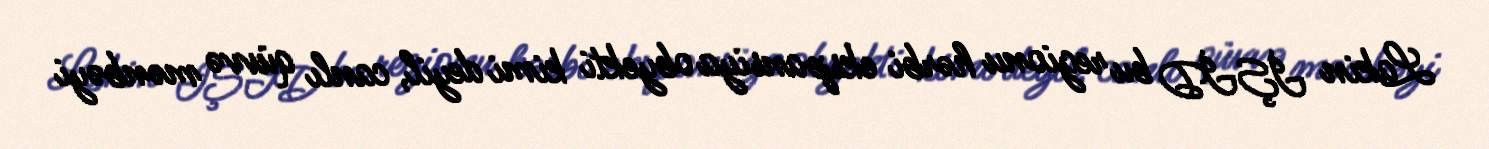
Lakin İŞİD bu regionu hərbi ekspansiya obyekti kimi deyil, canlı qüvvə mənbəyi